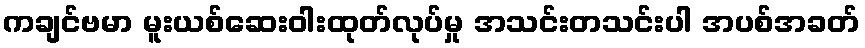
ကချင်ဗမာ မူးယစ်ဆေးဝါးထုတ်လုပ်မှု အသင်းတသင်းပါ အပစ်အခတ်